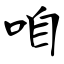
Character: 咱